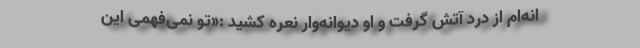
انه‌ام از درد آتش گرفت و او دیوانه‌وار نعره کشید :«تو نمی‌فهمی این